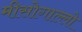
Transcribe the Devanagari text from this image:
मीसोगाल्लो